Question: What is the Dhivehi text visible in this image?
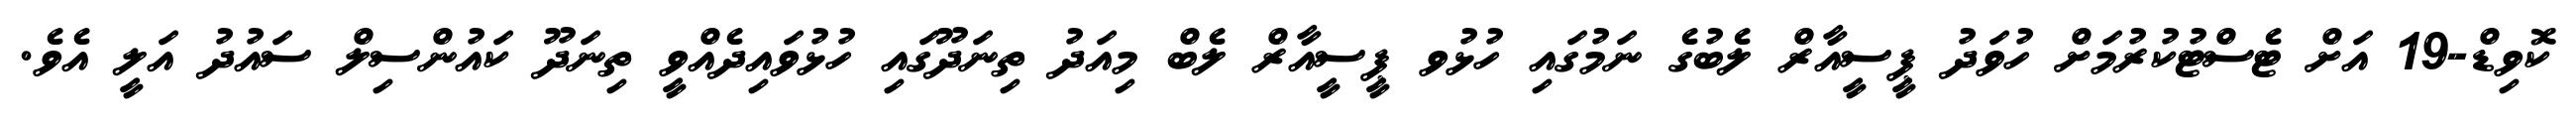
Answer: ކޮވިޑް-19 އަށް ޓެސްޓުކުރުމަށް ހުވަދު ޕީސީއާރް ލެބުގެ ނަމުގައި ހުޅުވ ޕީސީއާރް ލެބް މިއަދު ތިނަދޫގައި ހުޅުވައިދެއްވީ ތިނަދޫ ކައުންސިލް ސައުދު އަލީ އެވެ.